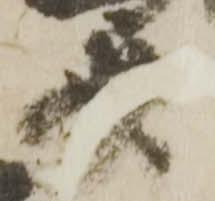
斎